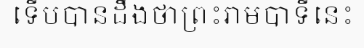
ទើបបានដឹងថាព្រះរាមបាទីនេះ